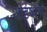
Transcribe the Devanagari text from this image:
शोडषानां